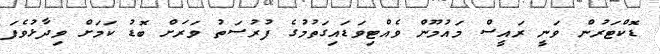
ޑޮކްޓަރުން ވަނީ ރައީސް މައުމޫން ވެއްޓިވަޑައިގަތުމުގެ ފުރުސަތު ވަރަށް ބޮޑު ކަމަށް ވިދާޅުވެފަ